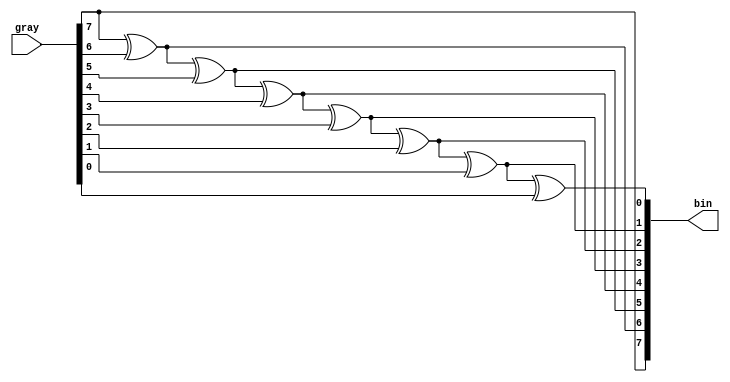
module gray_to_bin 
#(
    parameter WIDTH = 8
)

(
    input [WIDTH-1:0] gray,
    output [WIDTH-1:0] bin
);


    
    wire [WIDTH-1:0] bin;

    assign bin[WIDTH-1] = gray[WIDTH-1];
    genvar i;
    generate
        for (i=WIDTH-2; i>=0; i=i-1)
            begin: gry_to_bin
                assign bin[i] = bin[i+1] ^ gray[i];
            end
    endgenerate

endmodule